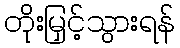
တိုးမြှင့်သွားရန်